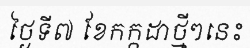
ថ្ងៃទី៧ ខែកក្កដាថ្មីៗនេះ